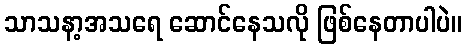
သာသနာ့အသရေ ဆောင်နေသလို ဖြစ်နေတာပါပဲ။